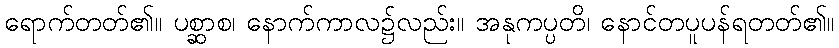
ရောက်တတ်၏။ ပစ္ဆာစ၊ နောက်ကာလ၌လည်း။ အနုကပ္ပတိ၊ နောင်တပူပန်ရတတ်၏။